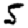
Digit: 5